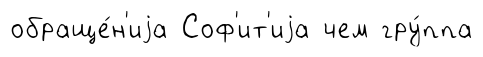
обраще́н'иjа Соф'ит'иjа чем гру́ппа